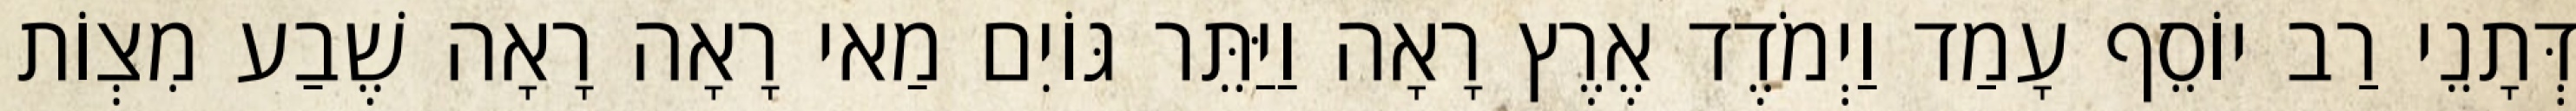
דְּתָנֵי רַב יוֹסֵף עָמַד וַיְמֹדֶד אֶרֶץ רָאָה וַיַּתֵּר גּוֹיִם מַאי רָאָה רָאָה שֶׁבַע מִצְוֹת